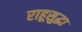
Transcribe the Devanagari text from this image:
राहूसुद्धा